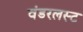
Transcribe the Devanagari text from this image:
वंडरलस्ट